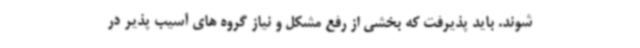
شوند. باید پذیرفت که بخشی از رفع مشکل و نیاز گروه های آسیب پذیر در